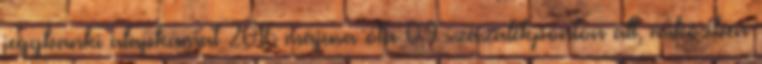
jegybanki alapkamat 2016 májusa óta 0,9 százalékponton áll, miközben